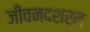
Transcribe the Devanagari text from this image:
जीवनदशर्न